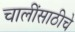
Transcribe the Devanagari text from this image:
चालींसाठीचे